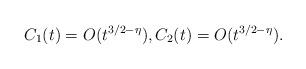
LaTeX: \begin{align*}C_1(t)=O(t^{3/2-\eta}), C_2(t)=O(t^{3/2-\eta}).\end{align*}